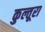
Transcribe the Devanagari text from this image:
कुल्तूरा